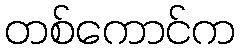
တစ်ကောင်က